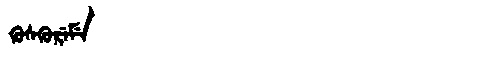
Manchu: ᡴᡠᠰᡴᡠᡵᡝᠮᡝ
Romanization: KUSKUREME